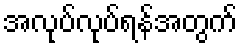
အလုပ်လုပ်ရန်အတွက်